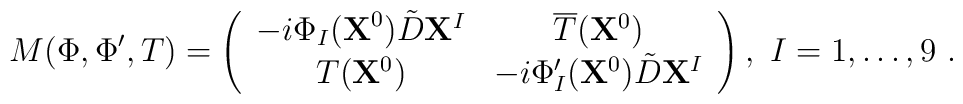
M(\Phi,\Phi',T)=\left(\begin{array}{cc}-i\Phi_I({\bf X}^{0})\tilde{D}{\bf X}^I & \overline{T}({\bf X}^{0}) \\T({\bf X}^{0}) & -i\Phi_I'({\bf X}^{0})\tilde{D}{\bf X}^{I}\\ \end{array}\right) ,\ I=1,\dots, 9 \ .